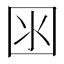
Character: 𡇋